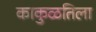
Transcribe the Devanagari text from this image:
काकुळतिला